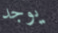
يوجد